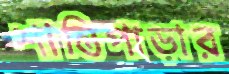
শান্তিপাড়ার